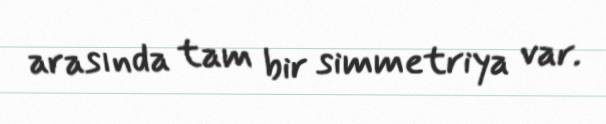
arasında tam bir simmetriya var.